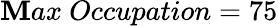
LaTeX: \mathbf{M}ax~Occupation=75